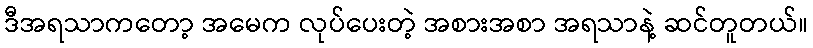
ဒီအရသာကတော့ အမေက လုပ်ပေးတဲ့ အစားအစာ အရသာနဲ့ ဆင်တူတယ်။